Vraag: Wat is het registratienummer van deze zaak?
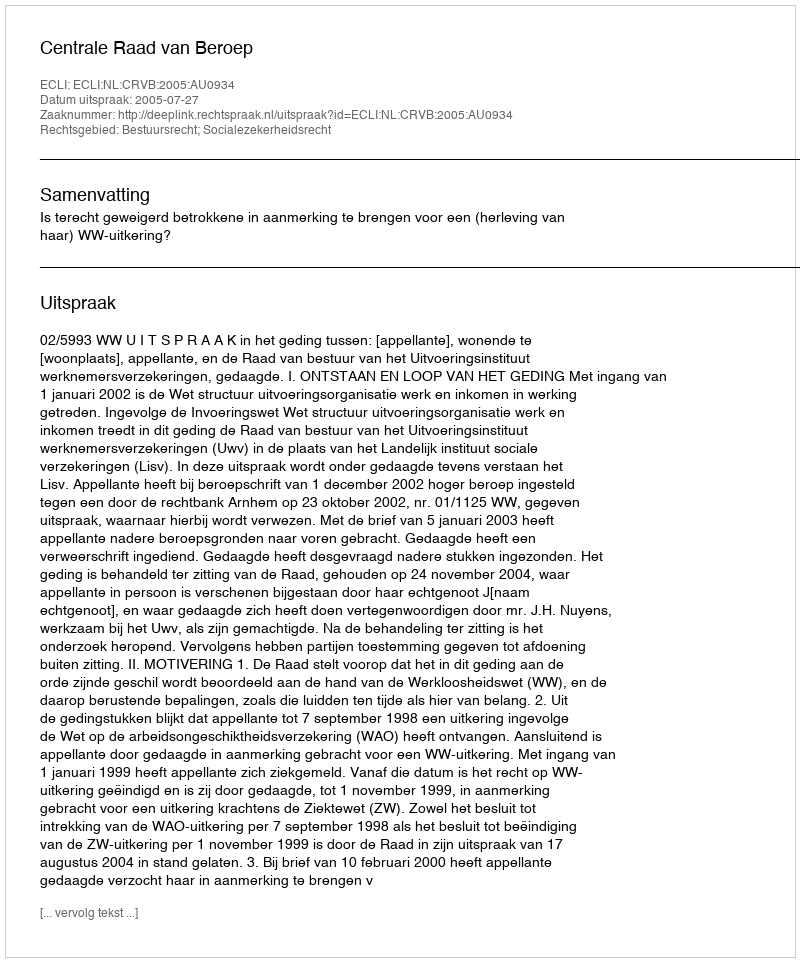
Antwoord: http://deeplink.rechtspraak.nl/uitspraak?id=ECLI:NL:CRVB:2005:AU0934